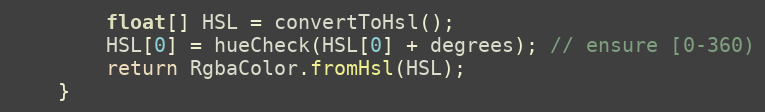
Language: Java
        float[] HSL = convertToHsl();
        HSL[0] = hueCheck(HSL[0] + degrees); // ensure [0-360)
        return RgbaColor.fromHsl(HSL);
    }